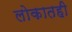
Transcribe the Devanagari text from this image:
लोकातही